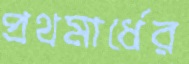
প্রথমার্ধের